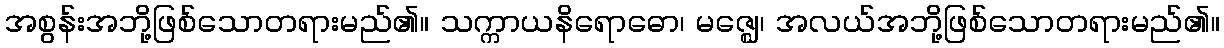
အစွန်းအဘို့ဖြစ်သောတရားမည်၏။ သက္ကာယနိရောဓော၊ မဇ္ဈေ၊ အလယ်အဘို့ဖြစ်သောတရားမည်၏။